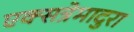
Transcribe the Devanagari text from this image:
एक्सत्रेमादुरा